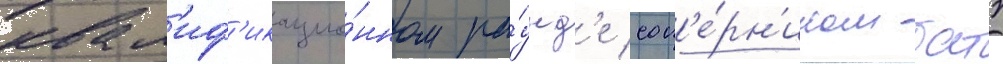
квал'иф'икацио́нном ра́унд'е соп'е́рн'иком батэ